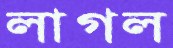
লাগল